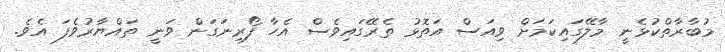
މުބާރާތްކުޅެނީ މާލޭގައިކަމަށް ވިއަސް އަތޮޅު ތެރޭގައިވެސް އެހާ ފޯރިނަގަން ވަނީ ތައްޔާރުވެފަ އެވެ.